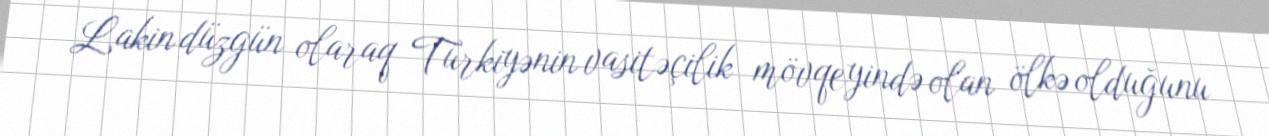
Lakin düzgün olaraq Türkiyənin vasitəçilik mövqeyində olan ölkə olduğunu